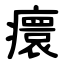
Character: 癏